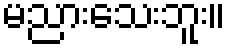
မညားသေးဘူး။